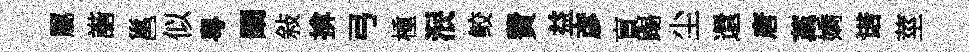
屬諧邕似粤闡敍揜弓㮔泯鲛費益彦盲踢尘還唐藁嬌诺莖